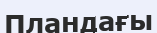
Пландағы